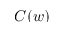
C ( w )